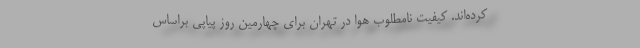
کرده‌اند. کیفیت نامطلوب هوا در تهران برای چهارمین روز پیاپی براساس